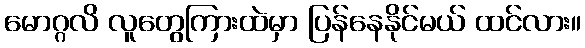
မောဂ္ဂလိ လူတွေကြားထဲမှာ ပြန်နေနိုင်မယ် ထင်လား။